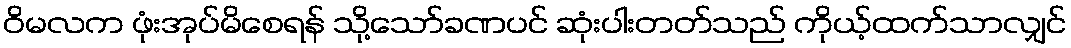
ဝိမလက ဖုံးအုပ်မိစေရန် သို့သော်ခဏပင် ဆုံးပါးတတ်သည် ကိုယ့်ထက်သာလျှင်